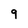
Character: 9